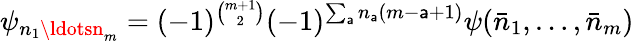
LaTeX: \psi_{n_{1}\ldotsn_{m}}=(-1)^{{\binom{m+1}{2}}}(-1)^{\sum_{\mathsf{a}}n_{\mathsf{a}}(m-\mathsf{a}+1)}\psi(\bar{{n}}_{1},\ldots,\bar{{n}}_{m})